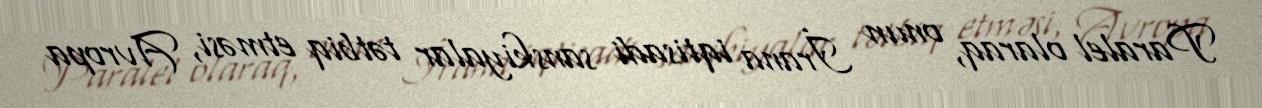
Paralel olaraq, onun İrana iqtisadi sanskiyalar tətbiq etməsi, Avropa